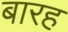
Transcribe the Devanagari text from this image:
बारह